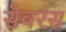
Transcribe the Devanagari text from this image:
सेवरस